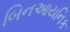
બિનઆયનિક